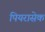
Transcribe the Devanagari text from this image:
पियरासेक